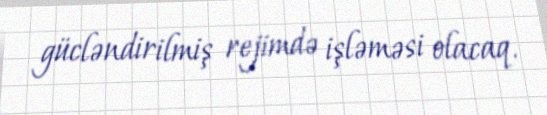
gücləndirilmiş rejimdə işləməsi olacaq.